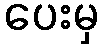
ပေးမှ